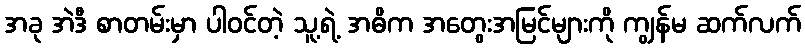
အခု အဲဒီ စာတမ်းမှာ ပါဝင်တဲ့ သူ့ရဲ့ အဓိက အတွေးအမြင်များကို ကျွန်မ ဆက်လက်